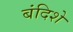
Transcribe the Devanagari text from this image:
बंदिशे